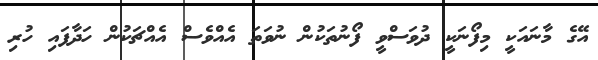
އޭގެ މާނައަކީ މިފޯނަކީ ދުވަސްވީ ފޯނުތަކުން ނުވަތަ އެއްވެސް އެއްޗަކުން ހަދާފައި ހުރި